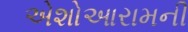
એશોઆરામની